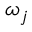
\omega _ { j }